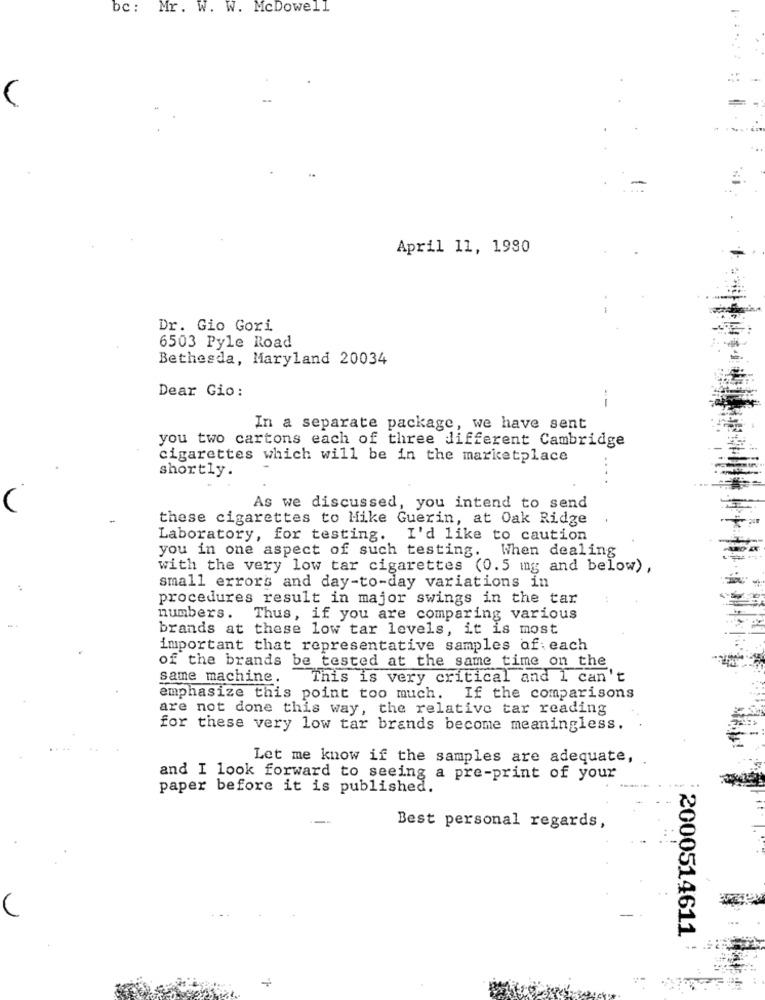
bc: Mr. W. W. McDowell
April 11, 1990
Dr. Gio Gori
6503 Pyle Road
Bethesda, Maryland 20034
Dear Gio:
--
In a separate package, we have sent
you two cartons each of three different Cambridge
cigarettes which will be in the marketplace
shortly.
As we discussed, you intend to send
these cigarettes to Hike Guerin, at Oak Ridge
Laboratory, for testing. I'd like to caution
you in one aspect of such testing. When dealing
with the very low tar cigarettes (0.5 mg and below),
small errors and day-to-day variations in
procedures result in major swings in the tar
numbers. Thus, if you are comparing various
brands at these low tar levels, it is most
important that representative samples of each
of the brands be tested at the same time on the
same machine.
This is very critical and 1 can't
emphasize this point too much. If the comparisons
are not done this way, the relative tar reading
for these very low tar brands become meaningless.
Let me know if the samples are adequate,
and I look forward to seeing a pre-print of your
paper before it is published.
Best personal regards,
2000514611